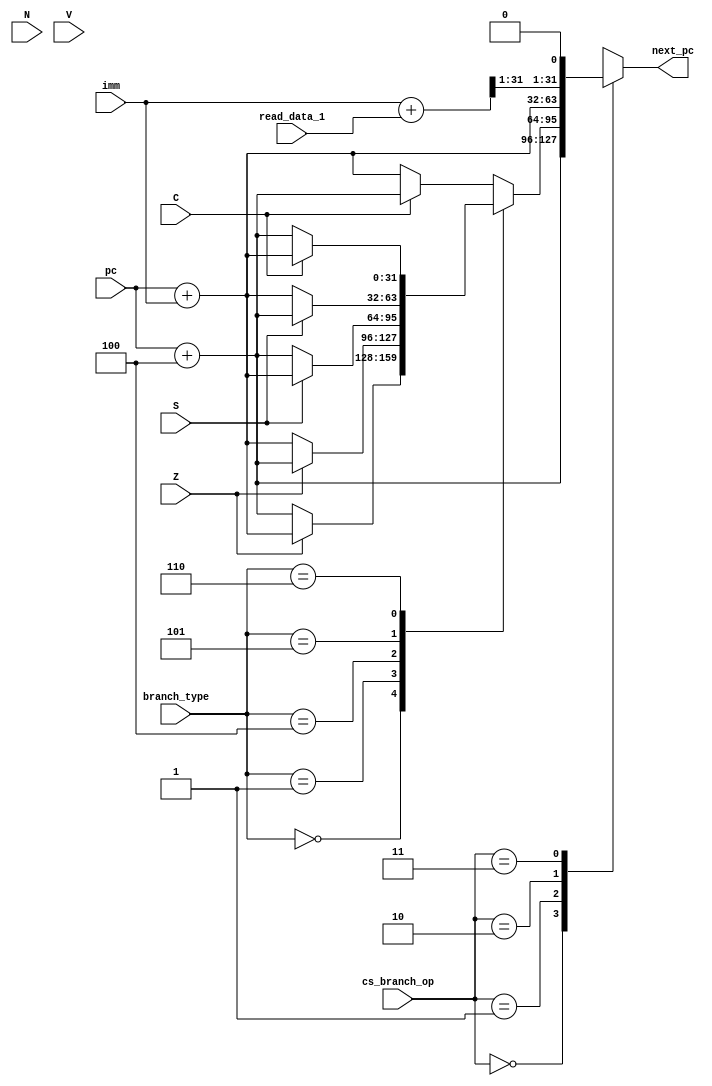
module branch_control_unit(
    input [1:0] cs_branch_op,   // BranchOp control signal
    input [2:0] branch_type,    // Exact branch type. Used for BEQ, BLT and friends
    input [31:0] pc,            // Old PC
    input [31:0] imm,           // imm read from instruction according to current instruction format
    input [31:0] read_data_1,   // Data from first register read
    input Z,                    // Zero flag from ALU. Result was zero.
    input N,                    // Negative flag from ALU. Result was negative.
    input C,                    // Carry flag
    input S,                    // Sign flag
    input V,                    // Signed overflow flag
    output reg [31:0] next_pc   // New PC value
);

wire [31:0] jalr = imm + read_data_1;

always @(*) begin
    case (cs_branch_op)
        2'b00: begin    // No branching
            next_pc = pc + 4;
        end
        2'b01: begin    // Conditional branch
            case (branch_type)
                3'b000: next_pc = (Z == 1'b1) ? pc + imm : pc + 4; // BEQ
                3'b001: next_pc = (Z == 1'b0) ? pc + imm : pc + 4; // BNE
                3'b100: next_pc = (S == 1'b1) ? pc + imm : pc + 4; // BLT
                3'b101: next_pc = (S == 1'b0) ? pc + imm : pc + 4; // BGE TODO not N?
                3'b110: next_pc = (C == 1'b1) ? pc + imm : pc + 4; // BLTU
                default: next_pc = (C == 1'b0) ? pc + imm : pc + 4; // BGEU
            endcase
        end
        2'b10: begin // JAL
            next_pc = pc + imm;
        end
        2'b11: begin // JALR
            next_pc = { jalr[31:1], 1'b0 };
        end
    endcase
end

endmodule